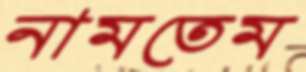
নামতেম